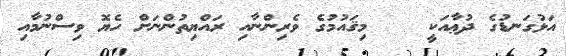
އަޅުގަނޑުގެ ދުޢާއަކީ    މިޤައުމުގެ ވެރިންނާއި ރައްޔިތުންނަށް ހެޔޮ ވިސްނުމާއި